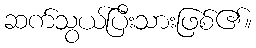
ဆက်သွယ်ပြီးသားဖြစ်၏။